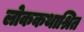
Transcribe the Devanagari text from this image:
लोककथाश्रित